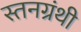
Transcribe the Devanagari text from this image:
स्तनग्रंथी